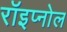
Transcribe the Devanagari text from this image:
रॉइप्नोल